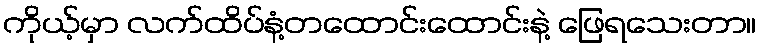
ကိုယ့်မှာ လက်ထိပ်နံ့တထောင်းထောင်းနဲ့ ဖြေရသေးတာ။